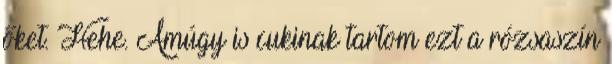
őket. Hehe. Amúgy is cukinak tartom ezt a rózsaszín